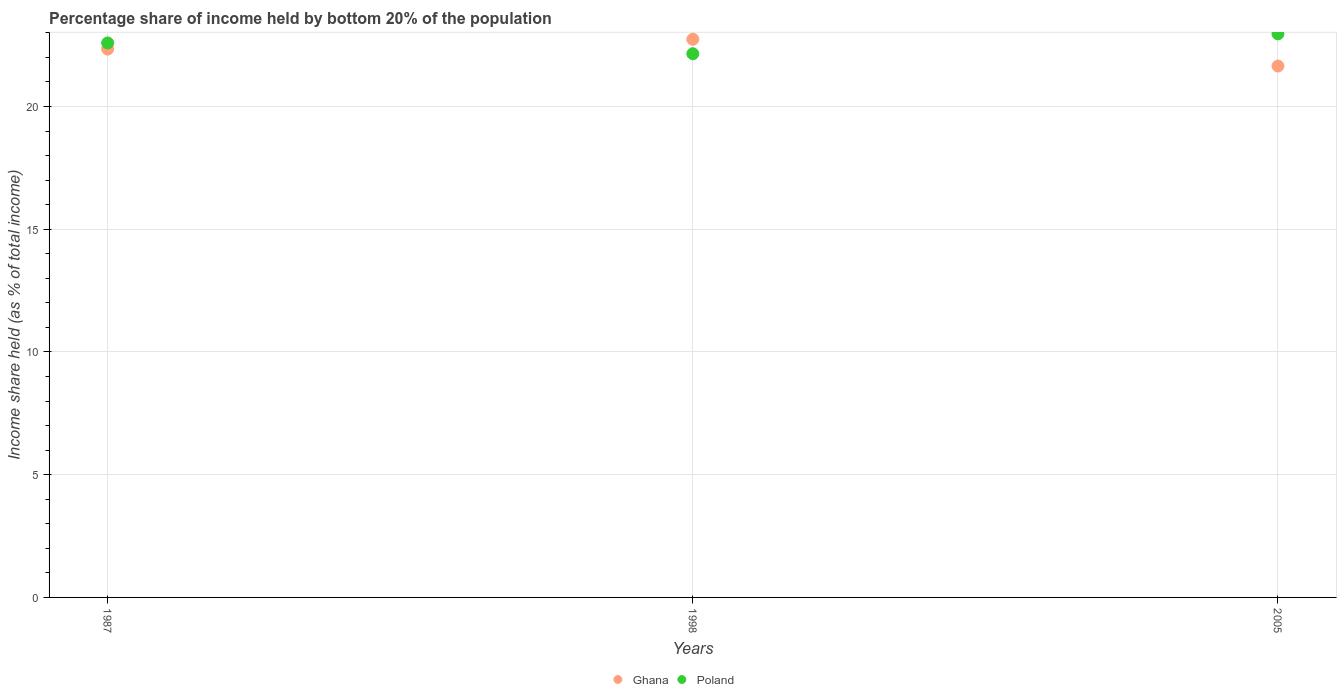
| Years | Ghana | Poland |
 | --- | --- | --- |
 | 1987 | 22.3 | 22.6 |
 | 1998 | 22.7 | 22.1 |
 | 2005 | 21.6 | 23 |